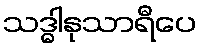
သဒ္ဓါနုသာရီပေ